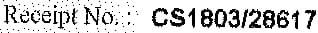
RECEIPT NO. : CS1803/28617